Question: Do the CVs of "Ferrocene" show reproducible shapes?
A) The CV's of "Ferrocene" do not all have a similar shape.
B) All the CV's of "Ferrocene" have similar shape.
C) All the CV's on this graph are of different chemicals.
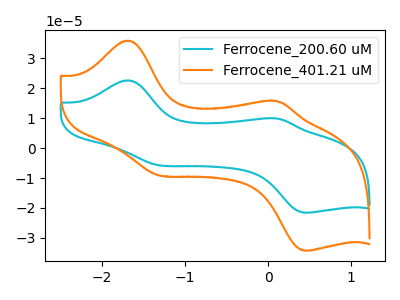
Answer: <think>The cyan curve "Ferrocene_200.60 uM" has anodic peaks at (-1.70V, 22.60uA) (0.10V, 9.85uA) and cathodic peaks at (-1.30V, -5.80uA) (0.50V, -21.60uA). The orange curve "Ferrocene_401.21 uM" has anodic peaks at (-1.70V, 35.90uA) (0.10V, 15.65uA) and cathodic peaks at (-1.30V, -9.20uA) (0.50V, -34.30uA).
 All the peaks in "Ferrocene_200.60 uM" have a peak in "Ferrocene_401.21 uM" at the same potential. Every peak in "Ferrocene_200.60 uM" is lower than every peak in "Ferrocene_401.21 uM".</think>
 <answer>B) All the CV's of "Ferrocene" have similar shape.</answer>
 <eval>B</eval>